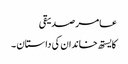
عامر صدیقی
کایستھ خاندان کی داستان ۔